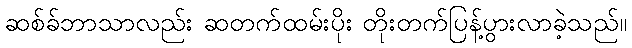
ဆစ်ခ်ဘာသာလည်း ဆတက်ထမ်းပိုး တိုးတက်ပြန့်ပွားလာခဲ့သည်။